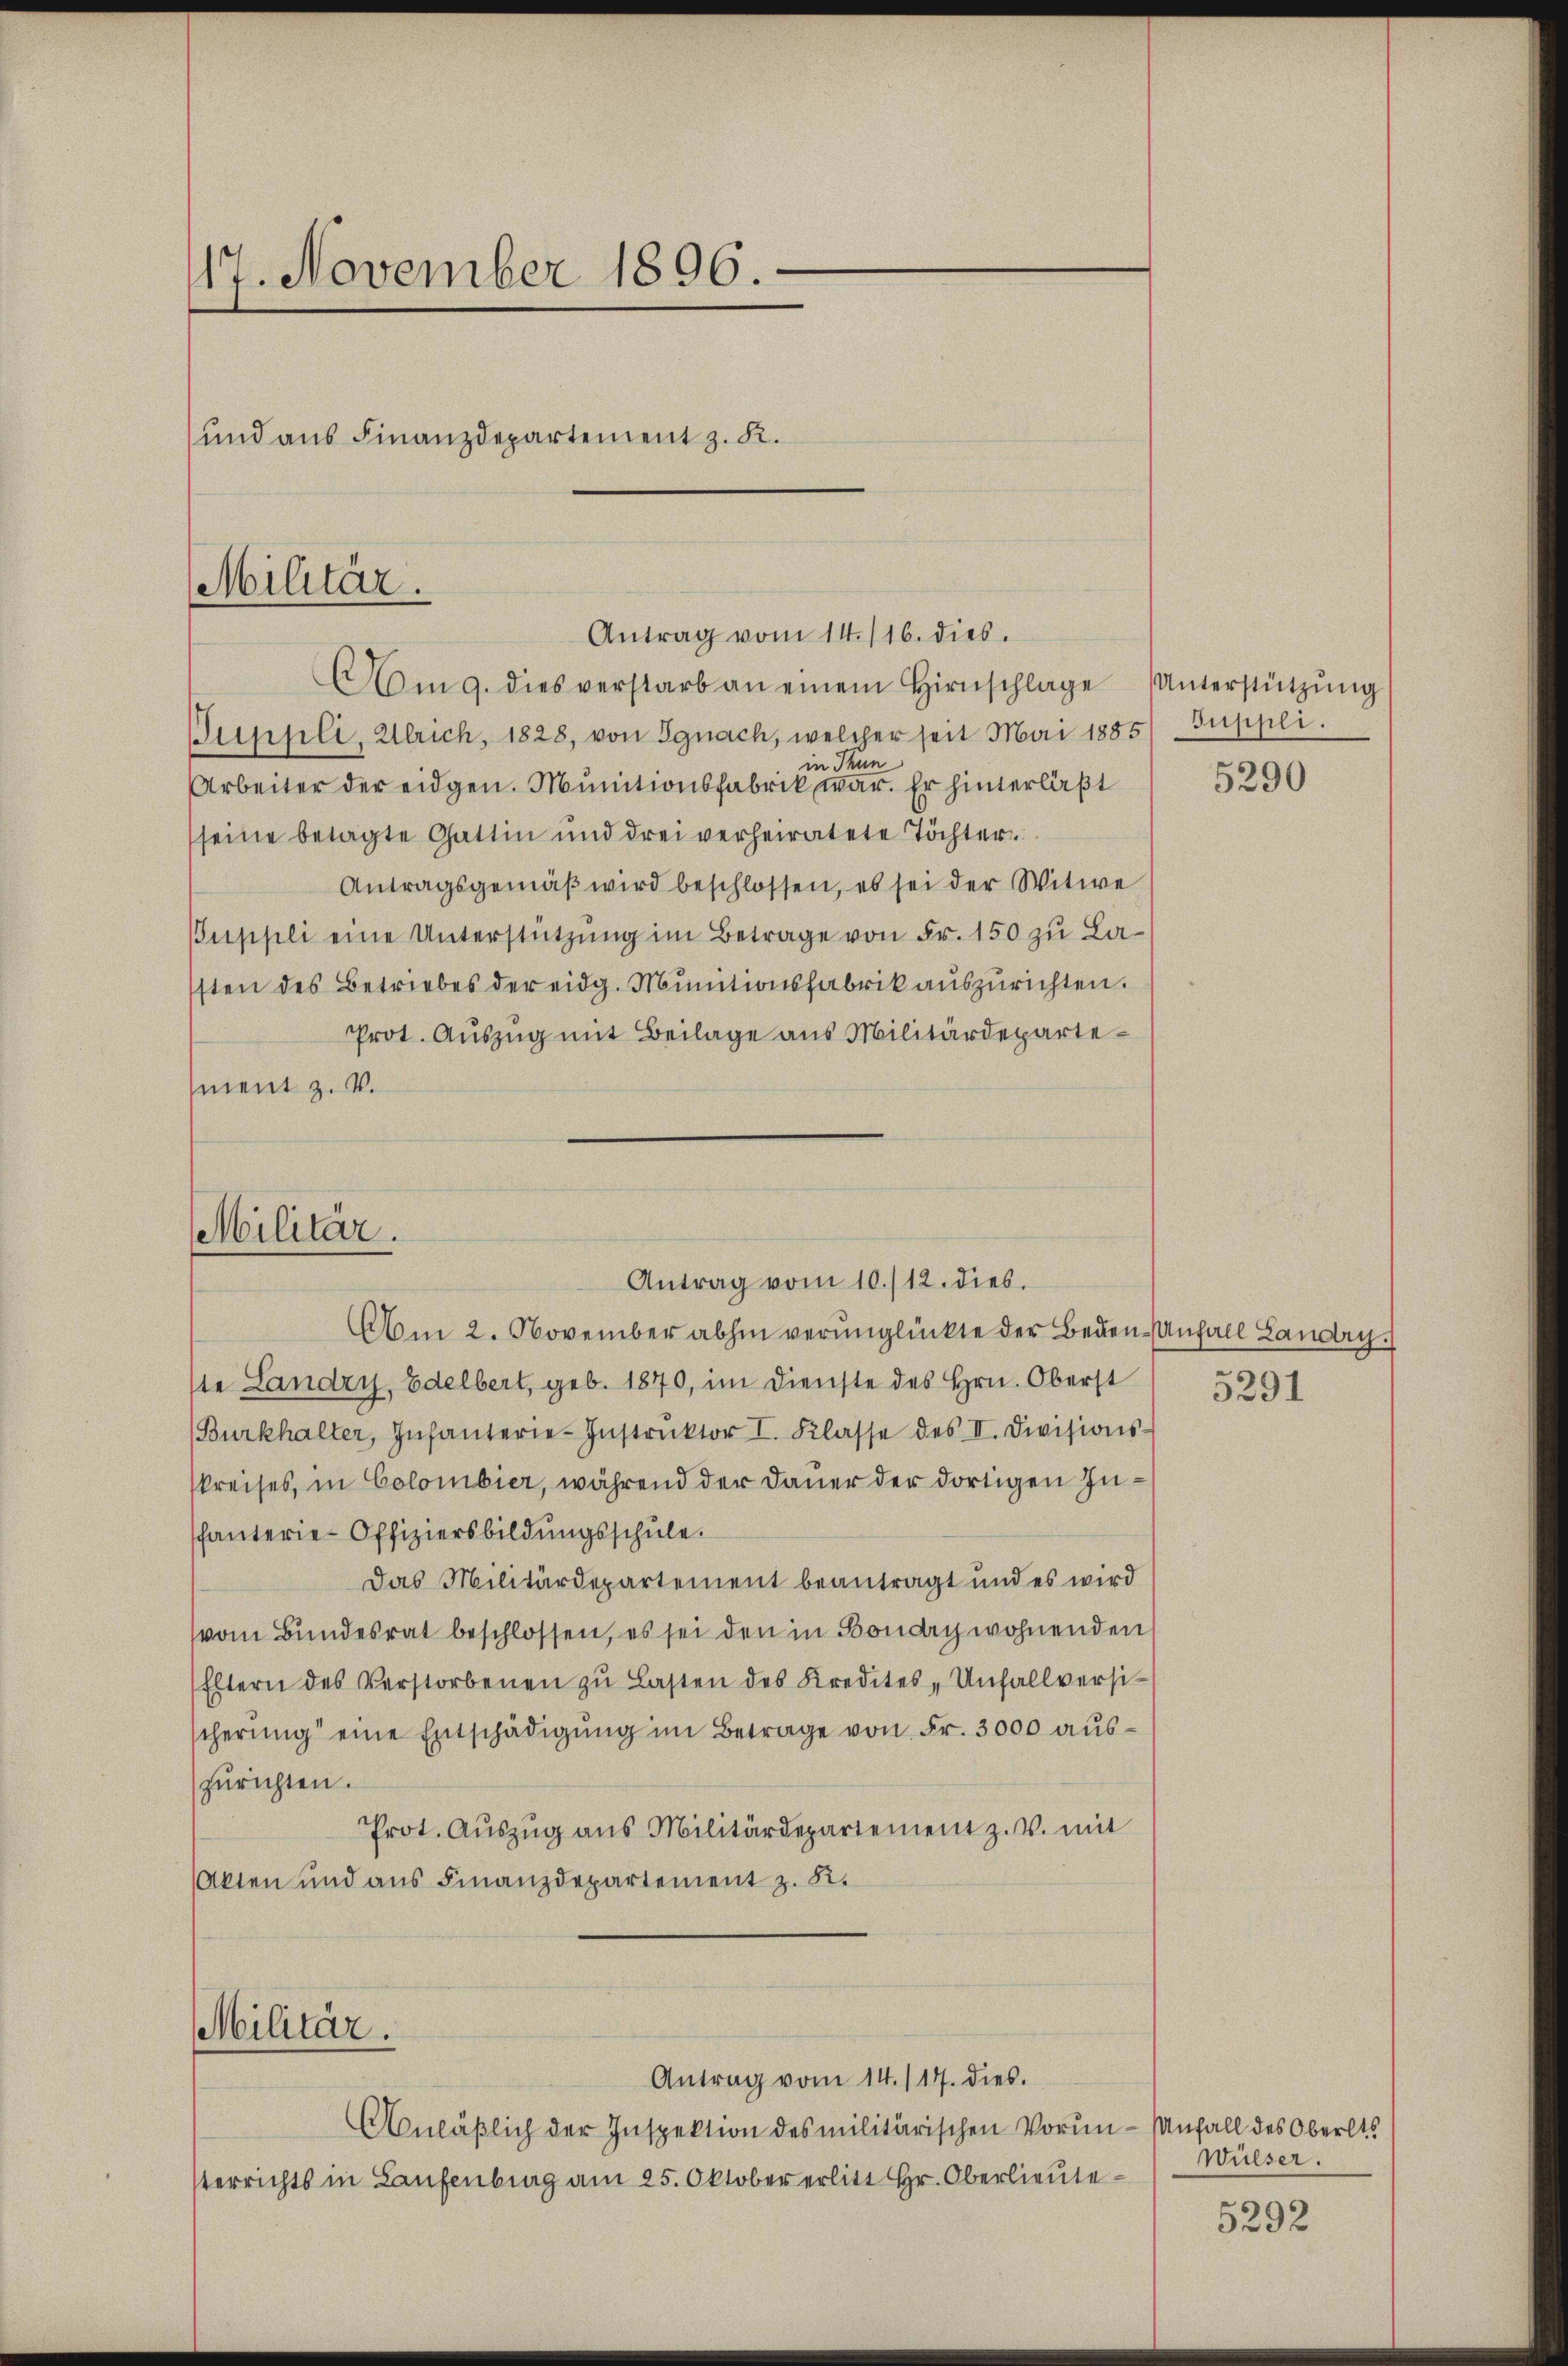
117. November 1896.
und aus Finanzdepartement z. K.

Militär.

Am 9. dies verstarb an einem Hirnschlage Unterstützŭng
Suppli, Ulrich, 1828, von Egnach, welcher seit Mai 1885/ Suppli.
in Thun
Arbeiter der eidgen. Munitionsfabrik war. Er hinterläßt
seine betagte Gattin und drei verheiratete Töchter
Antragsgemäβ wird beschlossen, es sei der Witwe
Suppli eine Unterstützŭng im Betrage von Fr. 150 zu Lasten des Betriebes der eidg. Munitionsfabrik auszurichten.
Prot. Auszug mit Beilage aus Militärdepartement z. V.

Militär.

Am 2. November abhin verunglückte der Beden-Unfall Landry
ste Landry, Edelbert, geb. 1870, im Dienste des Hrn. Oberst
(Burkhalter, Infanterie-Instrŭktor I. Klasse des II. Divisions-
kreises, in Colombier, während der Dauer der dortigen Infanterie-Offiziersbildŭngsschŭle.
Das Militärdepartement beantragt und es wird
vom Bundesrat beschlossen, es sei den in Boudry wohnenden
Eltern des Verstorbenen zŭ Lasten des Kredites, Unfallversi-
scherung eine Entschädigŭng im Betrage von Fr. 3000 auszurichten.
Prot. Aŭszŭg ans Militärdepartement z. v. mit
Akten und aus Finanzdepartement z. B.
Militär.
Antrag vom 14./17. dies.
Anläβlich der Inspektion des militärischen Vorun- Anfall des Oberlt.
Verrichts in Laufenbrag am 25. Oktober erlitt Hr. Oberlieute¬

Antrag vom 14. 116. dies.

Antrag vom 10./12. dies.

5290

5291

Wülser.

5292